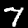
Label: 7